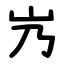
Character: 㞧